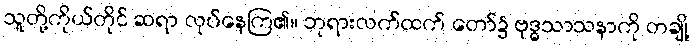
သူတို့ကိုယ်တိုင် ဆရာ လုပ်နေကြ၏။ ဘုရားလက်ထက် တော်၌ ဗုဒ္ဓသာသနာကို တချို့